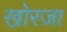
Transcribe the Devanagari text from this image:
खोरजा